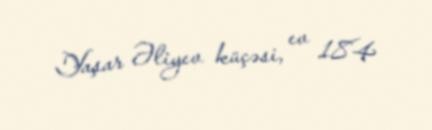
Yaşar Əliyev küçəsi, ev 184